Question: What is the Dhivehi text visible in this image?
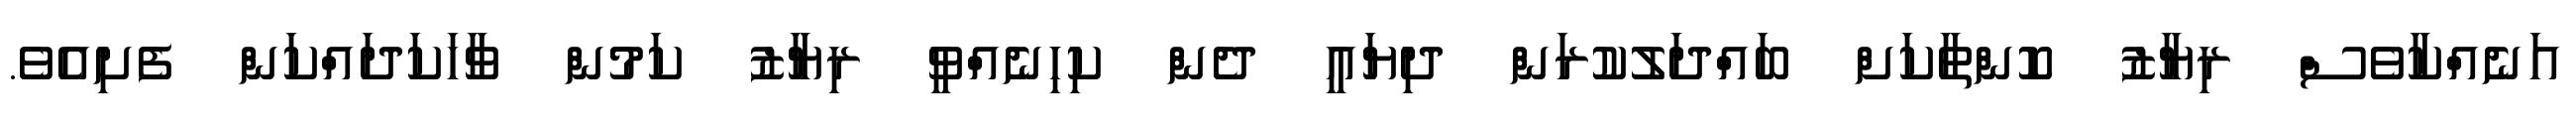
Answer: އަނެއްކާވެސް ރިޔާޒު ކޮންތާކަށް ބައްދަލުކުރަން ދިޔައީ ދެން ކިހިނެއްވީ ރިޔާޒު ކަމުން ވާހަކަދައްކަން ފެށިއެވެ.